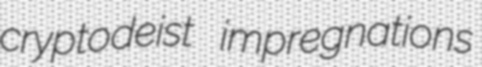
cryptodeist impregnations